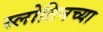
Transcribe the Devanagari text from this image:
स्लोतिनच्या